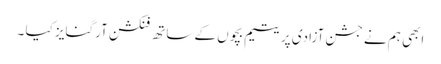
ابھی ہم نے جشن آزادی پر یتیم بچوں کے ساتھ فنکشن آرگنایز کیا ۔